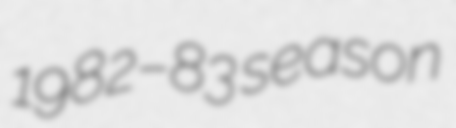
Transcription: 1982–83 season